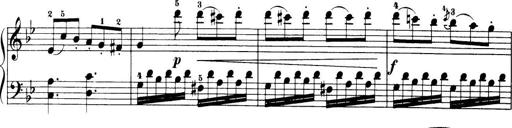
Title: 32 Sonatinas and Rondos for the Piano
Composer: Richard Kleinmichel